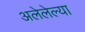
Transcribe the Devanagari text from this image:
अलेलेल्या